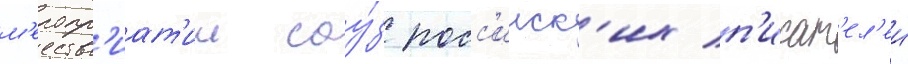
м'еропр'иат'ии соу́з росс'ииск'их п'исат'ел'еи